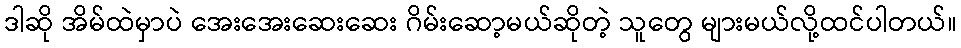
ဒါဆို အိမ်ထဲမှာပဲ အေးအေးဆေးဆေး ဂိမ်းဆော့မယ်ဆိုတဲ့ သူတွေ များမယ်လို့ထင်ပါတယ်။